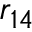
r _ { 1 4 }